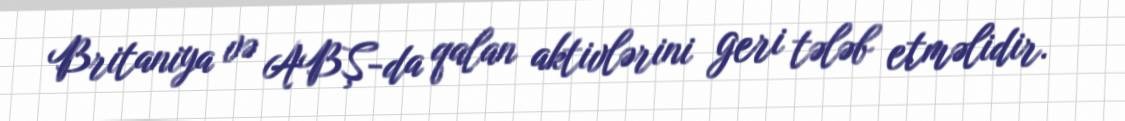
Britaniya və ABŞ-da qalan aktivlərini geri tələb etməlidir.